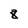
Character: 8